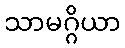
သာမဂ္ဂိယာ